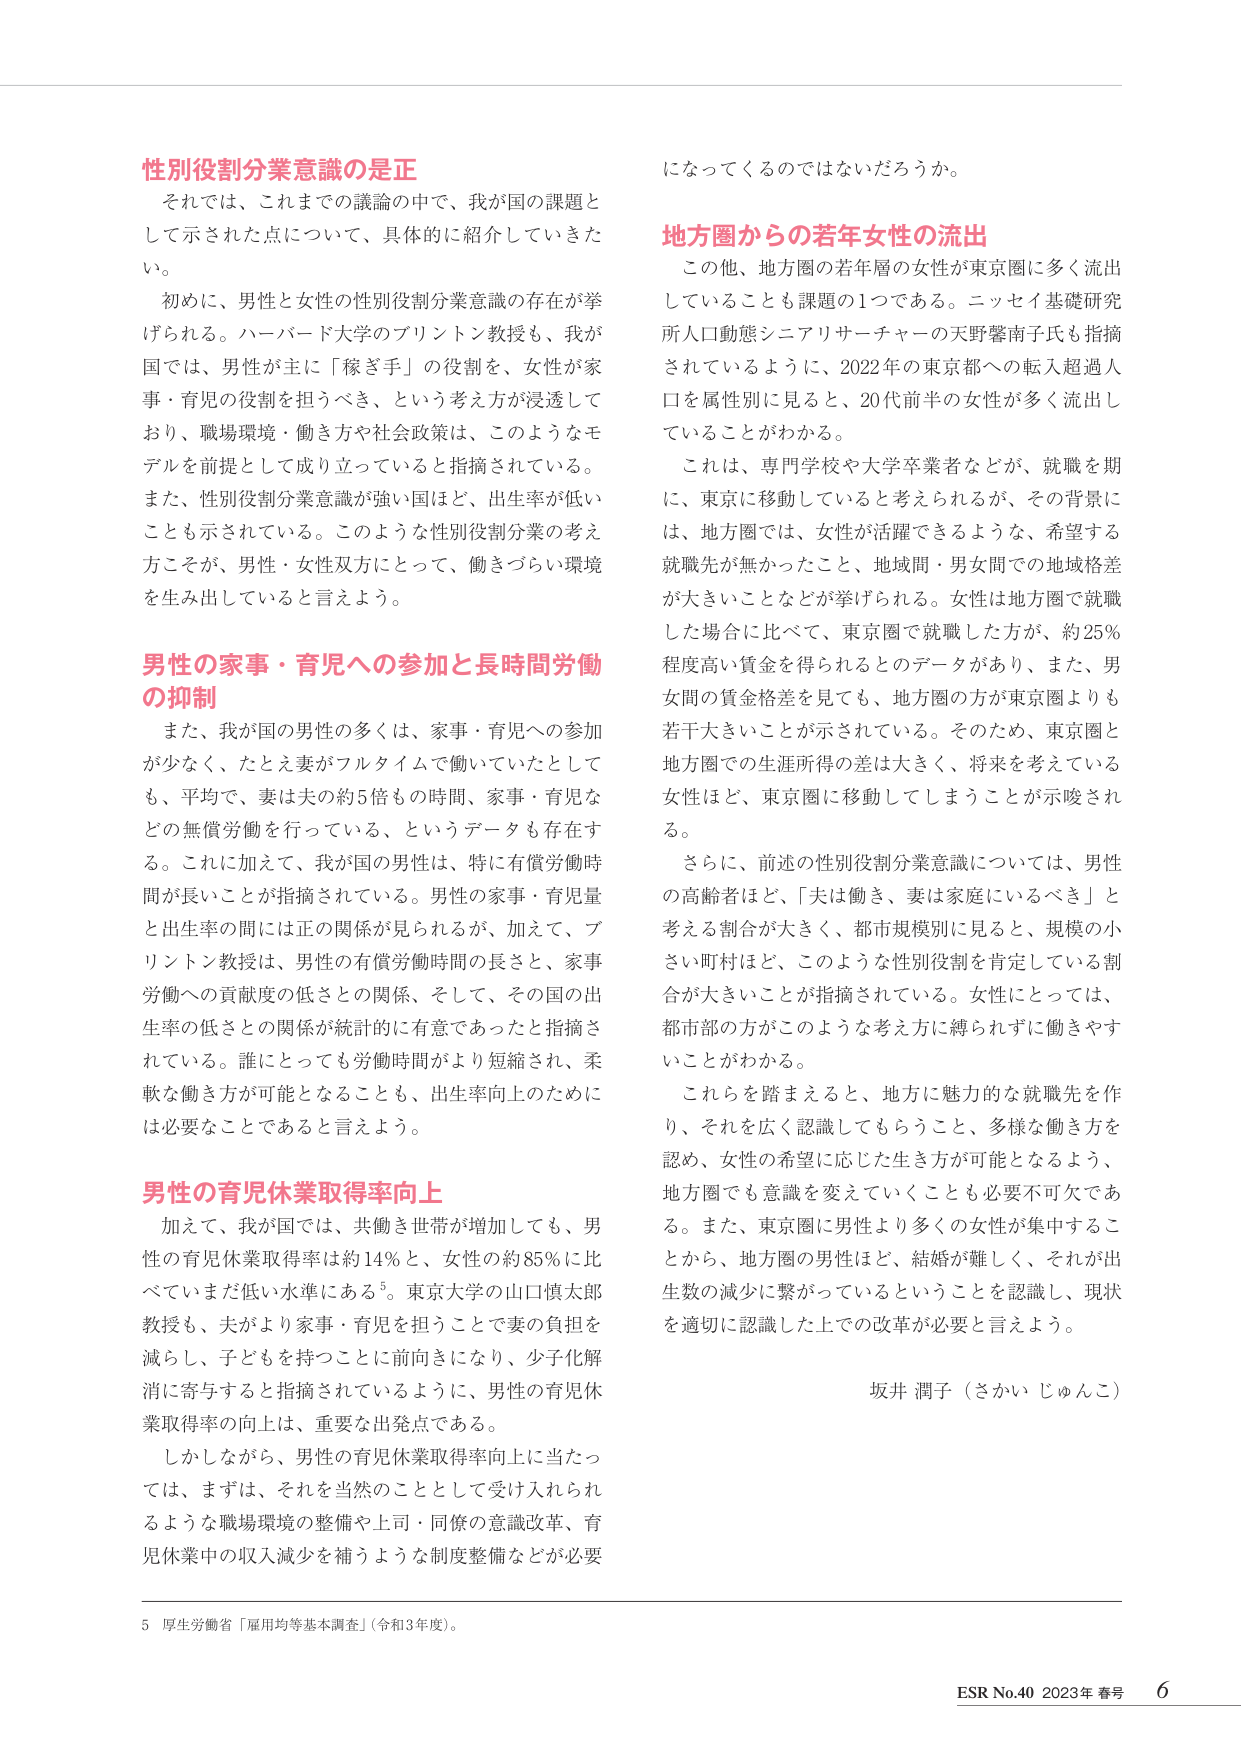
性別役割分業意識のは正
それでは、これまでの議論の中で、我が国の課題として示された点について、具体的に紹介していきたい。
初めに、男性と女性の性別役割分業意識の存在が挙げられる。ハーバード大学のプリントン教授も、我が国では、男性が主に「稼ぎ手」の役割を、女性が家事・育児の役割を担うべき、という考え方が浸透しており、職場環境・働き方や社会政策は、このようなモデルを前提として成り立っていると指摘されている。また、性別役割分業意識が強い国ほど、出生率が低いことも示されている。このような性別役割分業の考え方こそが、男性・女性双方にとって、働きづらい環境を生み出していると言えよう。

男性の家事・育児への参加と長時間労働の抑制
また、我が国の男性の多くは、家事・育児への参加が少なく、たとえ妻がフルタイムで働いていたとしても、平均で、妻は夫の約5倍もの時間、家事・育児などの無償労働を行っている、というデータも存在する。これに加えて、我が国の男性は、特に有償労働時間が長いことが指摘されている。男性の家事・育児量と出生率の間には正の関係が見られるが、加えて、プリントン教授は、男性の有償労働時間の長さと、家事労働への貢献度の低さとの関係、そして、その国の出生率の低さとの関係が統計的に有意であったと指摘されている。誰にとっても労働時間がより短縮され、柔軟な働き方が可能となることも、出生率向上のために必要なことであると言えよう。

男性の育児休業取得率向上
加えて、我が国では、共働き世帯が増加しても、男性の育児休業取得率は約14％と、女性の約85％に比べていまだ低い水準にある⁵。東京大学の山口慎太郎教授も、夫がより家事・育児を担うことで妻の負担を減らし、子どもを持つことに前向きになり、少子化解消に寄与すると指摘されているように、男性の育児休業取得率の向上は、重要な出発点である。
しかしながら、男性の育児休業取得率向上に当たっては、まずは、それを当然のこととして受け入れられるような職場環境の整備や上司・同僚の意識改革、育児休業中の収入減少を補うような制度整備などが必要

⁵ 厚生労働省「雇用均等基本調査」（令和3年度）。

になってくるのではないだろうか。

地方圏からの若年女性の流出
この他、地方圏の若年層の女性が東京圏に多く流出していることも課題の1つである。ニッセイ基礎研究所人口動態シニアリサーチャーの天野馨南子氏も指摘されているように、2022年の東京都への転入超過人口を属性別に見ると、20代前半の女性が多く流出していることがわかる。
これは、専門学校や大学卒業者などが、就職を期に、東京に移動していると考えられるが、その背景には、地方圏では、女性が活躍できるような、希望する就職先が無かったこと、地域間・男女間での地域格差が大きいことなどが挙げられる。女性は地方圏で就職した場合に比べて、東京圏で就職した方が、約25％程度高い賃金を得られるとのデータがあり、また、男女間の賃金格差を見ても、地方圏の方が東京圏よりも若干大きいことが示されている。そのため、東京圏と地方圏での生涯所得の差は大きく、将来を考えている女性ほど、東京圏に移動してしまうことが示唆される。
さらに、前述の性別役割分業意識については、男性の高齢者ほど、「夫は働き、妻は家庭にいるべき」と考える割合が大きく、都市規模別に見ると、規模の小さい町村ほど、このような性別役割を肯定している割合が大きいことが指摘されている。女性にとっては、都市部の方がこのような考え方に縛られずに働きやすいことがわかる。
これらを踏まえると、地方に魅力的な就職先を作り、それを広く認識してもらうこと、多様な働き方を認め、女性の希望に応じた生き方が可能となるよう、地方圏でも意識を変えていくことも必要不可欠である。また、東京圏に男性より多くの女性が集中することから、地方圏の男性ほど、結婚が難しく、それが出生数の減少に繋がっているということを認識し、現状を適切に認識した上での改革が必要と言えよう。

坂井 潤子（さかい じゅんこ）

ESR No.40 2023年 春号 6